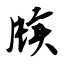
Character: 牍